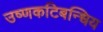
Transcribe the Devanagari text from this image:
उष्णकटिबन्धिय